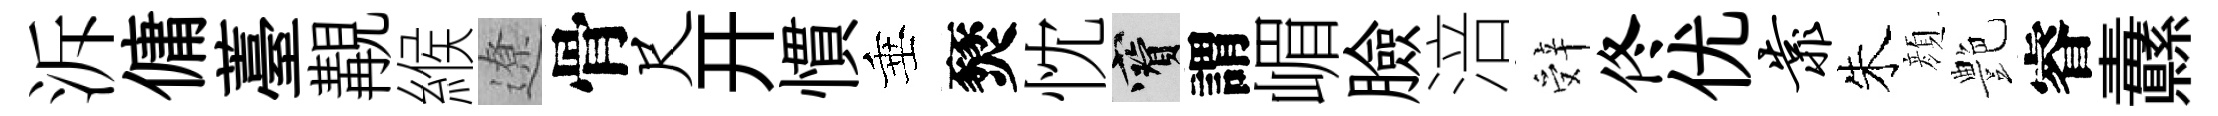
泝傭薹覯緱遼骨尺开慣垂燹忱寶謂嵋臉涪辤佟优靠朱顔艶睿纛